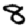
Digit: 8